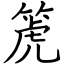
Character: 箎